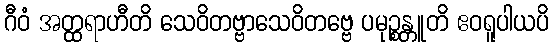
ဂီဝံ အတ္ထရာဟီတိ သေဝိတဗ္ဗာသေဝိတဗ္ဗေ ပမုဉ္စန္တူတိ ဧဝရူပါယပိ